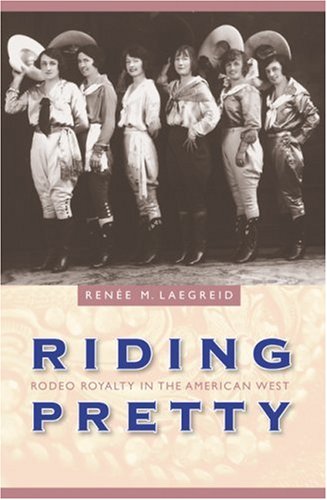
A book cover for Riding Pretty: Rodeo Royalty in the American West (Women in the West); Renee M. Laegreid; Sports & Outdoors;